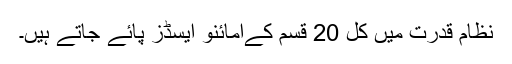
نظامِ قدرت میں کل 20 قسم کےامائنو ایسڈز پائے جاتے ہیں۔